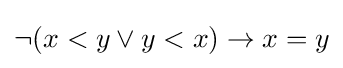
\neg (x<y\lor y<x)\to x=y